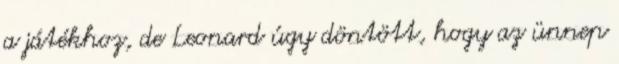
a játékhoz, de Leonard úgy döntött, hogy az ünnep